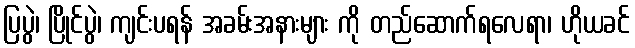
ပြပွဲ၊ ပြိုင်ပွဲ၊ ကျင်းပရန် အခမ်းအနားများ ကို တည်ဆောက်ရလေရာ၊ ဟိုယခင်